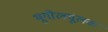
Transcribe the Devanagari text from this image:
भूगोलमूलक